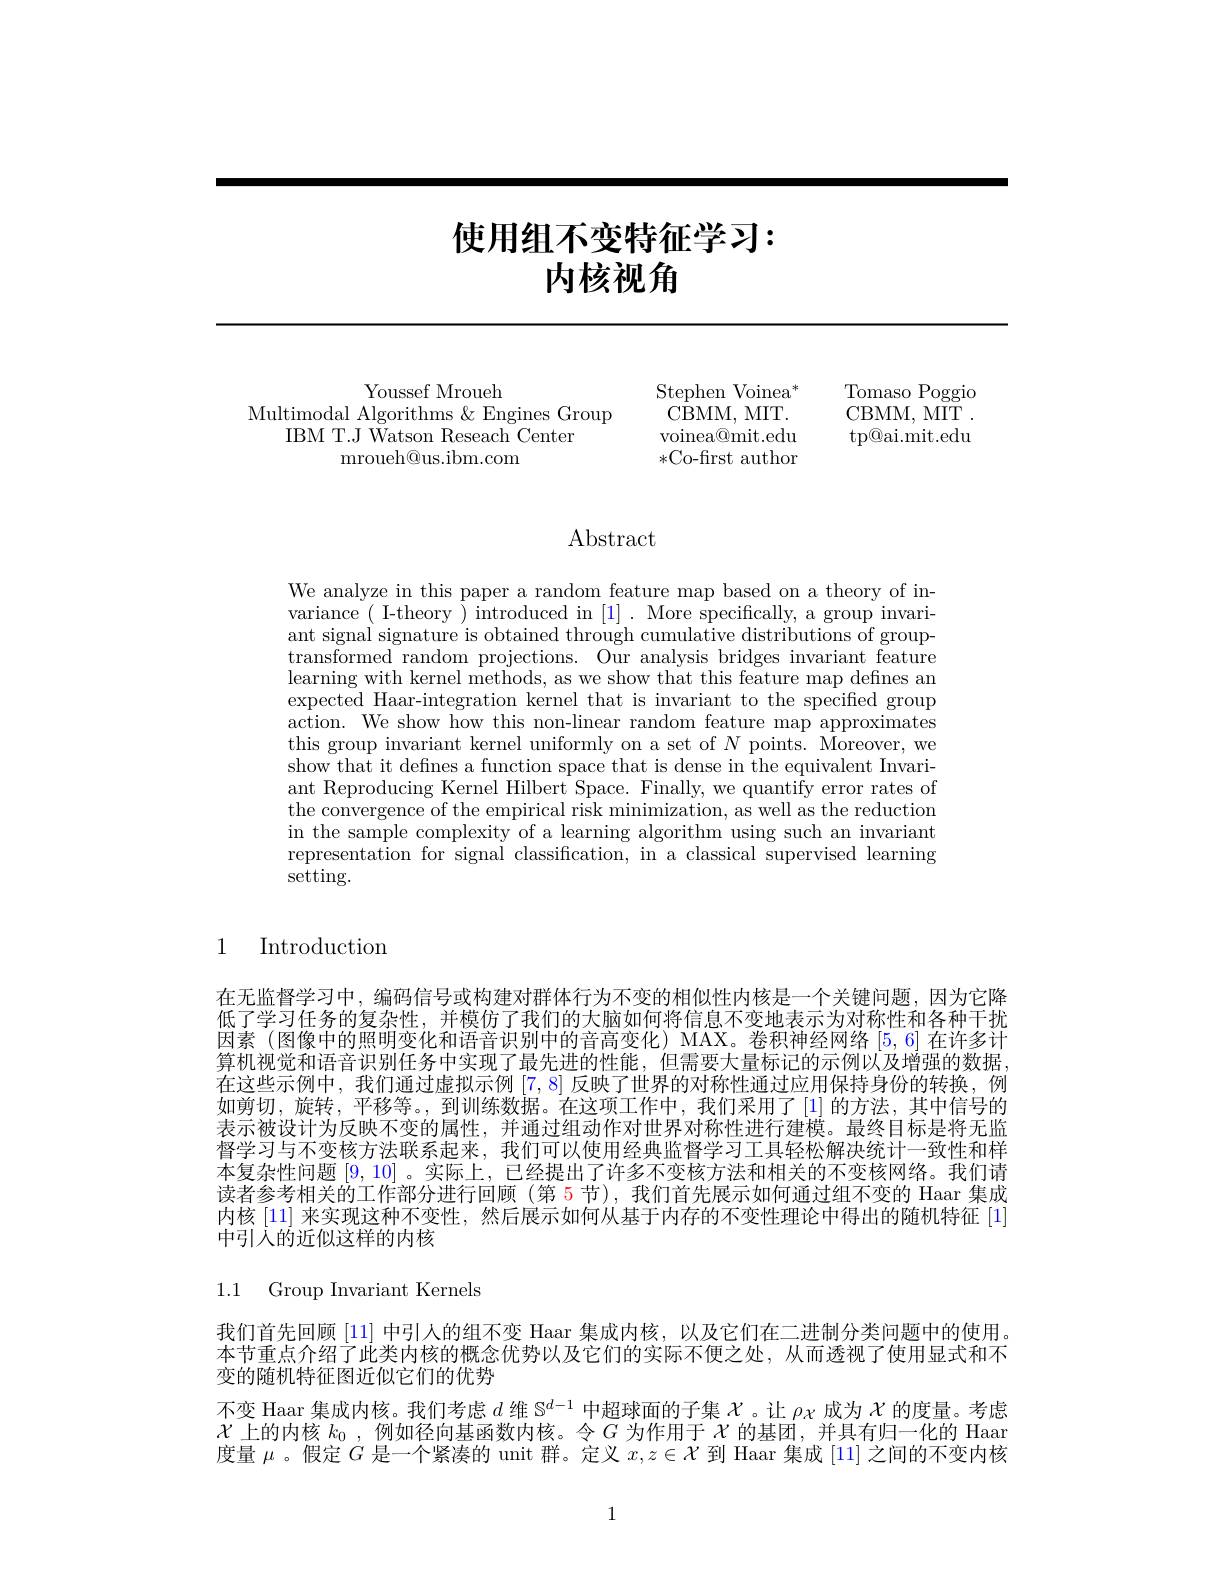
# 使用组不变特征学习： 内核视角

Youssef Mroueh
Multimodal Algorithms &Engines Group
IBM T.J Watson Reseach Center
mroueh@us.ibm.com

Stephen Voinea$^*$

${\bar{\mathrm{CBMM,~MIT}}}.$

voinea@mit.edu

*Co-first author

Tomaso Poggio

CBMM, MIT .

$\operatorname{tp@ai.mit.edu}$

# $\operatorname{Abstract}$

We analyze in this paper a random feature map based on a theory of invariance( I-theory) introduced in [1]. More specifically, a group invariant signal signature is obtained through cumulative distributions of grouptransformed random projections. Our analysis bridges invariant feature learning with kernel methods, as we show that this feature map defines an expected Haar-integration kernel that is invariant to the specified group action. We show how this non-linear random feature map approximates this group invariant kernel uniformly on a set of $N$ points. Moreover, we show that it defnes a function space that is dense in the equivalent Invariant Reproducing Kernel Hilbert Space. Finally, we quantify error rates of the convergence of the empirical risk minimization, as well as the reduction in the sample complexity of a learning algorithm using such an invariant representation for signal classification, in a classical supervised learning $\tilde{\mathrm{setting}}.$

1 Introduction

在无监督学习中，编码信号或构建对群体行为不变的相似性内核是一个关键问题，因为它降低了学习任务的复杂性，并模仿了我们的大脑如何将信息不变地表示为对称性和各种干扰因素 (图像中的照明变化和语音识别中的音高变化) MAX。卷积神经网络[5,6]在许多计算机视觉和语音识别任务中实现了最先进的性能，但需要大量标记的示例以及增强的数据， 在这些示例中，我们通过虚拟示例[7,8]反映了世界的对称性通过应用保持身份的转换，例如剪切，旋转，平移等。,到训练数据。在这项工作中，我们采用了[1] 的方法，其中信号的表示被设计为反映不变的属性，并通过组动作对世界对称性进行建模。最终目标是将无监督学习与不变核方法联系起来，我们可以使用经典监督学习工具轻松解决统计一致性和样本复杂性问题[9,10] 。实际上，已经提出了许多不变核方法和相关的不变核网络。我们请读者参考相关的工作部分进行回顾 (第 5 节), 我们首先展示如何通过组不变的 Haar 集成内核[11]来实现这种不变性，然后展示如何从基于内存的不变性理论中得出的随机特征[1] 中引入的近似这样的内核

1.1 Group Invariant Kernels

我们首先回顾[11]中引人的组不变 Haar 集成内核，以及它们在二进制分类问题中的使用。本节重点介绍了此类内核的概念优势以及它们的实际不便之处，从而透视了使用显式和不变的随机特征图近似它们的优势
不变 Haar 集成内核。我们考虑$d$维$\mathbb{S}^{d-1}$中超球面的子集$\chi$ 。让$\rho\chi$成为$\chi$的度量。考虑$\chi$上的内核$k_0$ ,例如径向基函数内核。令$G$为作用于$\chi$的基团，并具有归一化的 Haar 度量$\mu$ 。假定$G$是一个紧凑的 unit 群。定义$x,z\in\mathcal{X}$到 Haar 集成 [11] 之间的不变内核

1